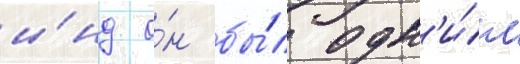
и́нд о́н бы́л одн'и́м